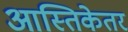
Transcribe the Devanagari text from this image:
आस्तिकेतर